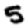
Digit: 5